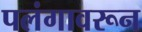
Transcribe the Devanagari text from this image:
पलंगावरून